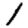
Digit: 1